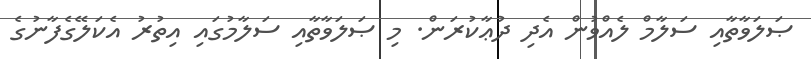
ޞަލަވާތާއި ސަލާމް ލެއްވުން އެދި ދުޢާކުރަން. މި ޞަލަވާތާއި ސަލާމުގައި އިތުރު އެކަލޭގެފާނުގެ